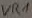
Text: VR1